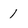
Character: 1